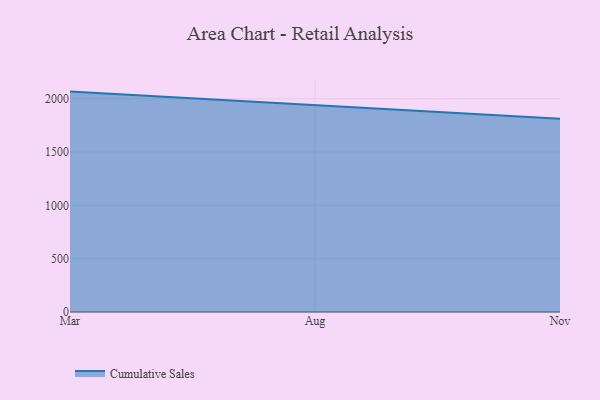
{"axis": {"x": "Month", "y": "Customer Acquisition Cost (USD)"}, "legend": ["Cumulative Sales"], "data": [{"x": "Mar", "y": 2066.5, "type": "Cumulative Sales"}, {"x": "Aug", "y": 1938.5, "type": "Cumulative Sales"}, {"x": "Nov", "y": 1811.3, "type": "Cumulative Sales"}]}